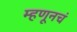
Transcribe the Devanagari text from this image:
म्हणूनचं